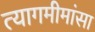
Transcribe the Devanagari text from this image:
त्यागमीमांसा